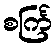
စင်္ကြ